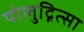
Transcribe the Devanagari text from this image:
पोलुद्नित्सा